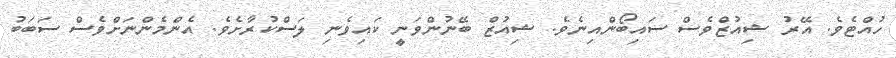
ހުއްޓެވެ. އޭރު ޝިއުޒްވެސް ސައިބޯންއިނެވެ. ޝިއުޒް ބޭނުންވަނީ ކައިވެނި ލަސްކުރާށެވެ. އެންމެންނަށްވެސް ސަބަބު